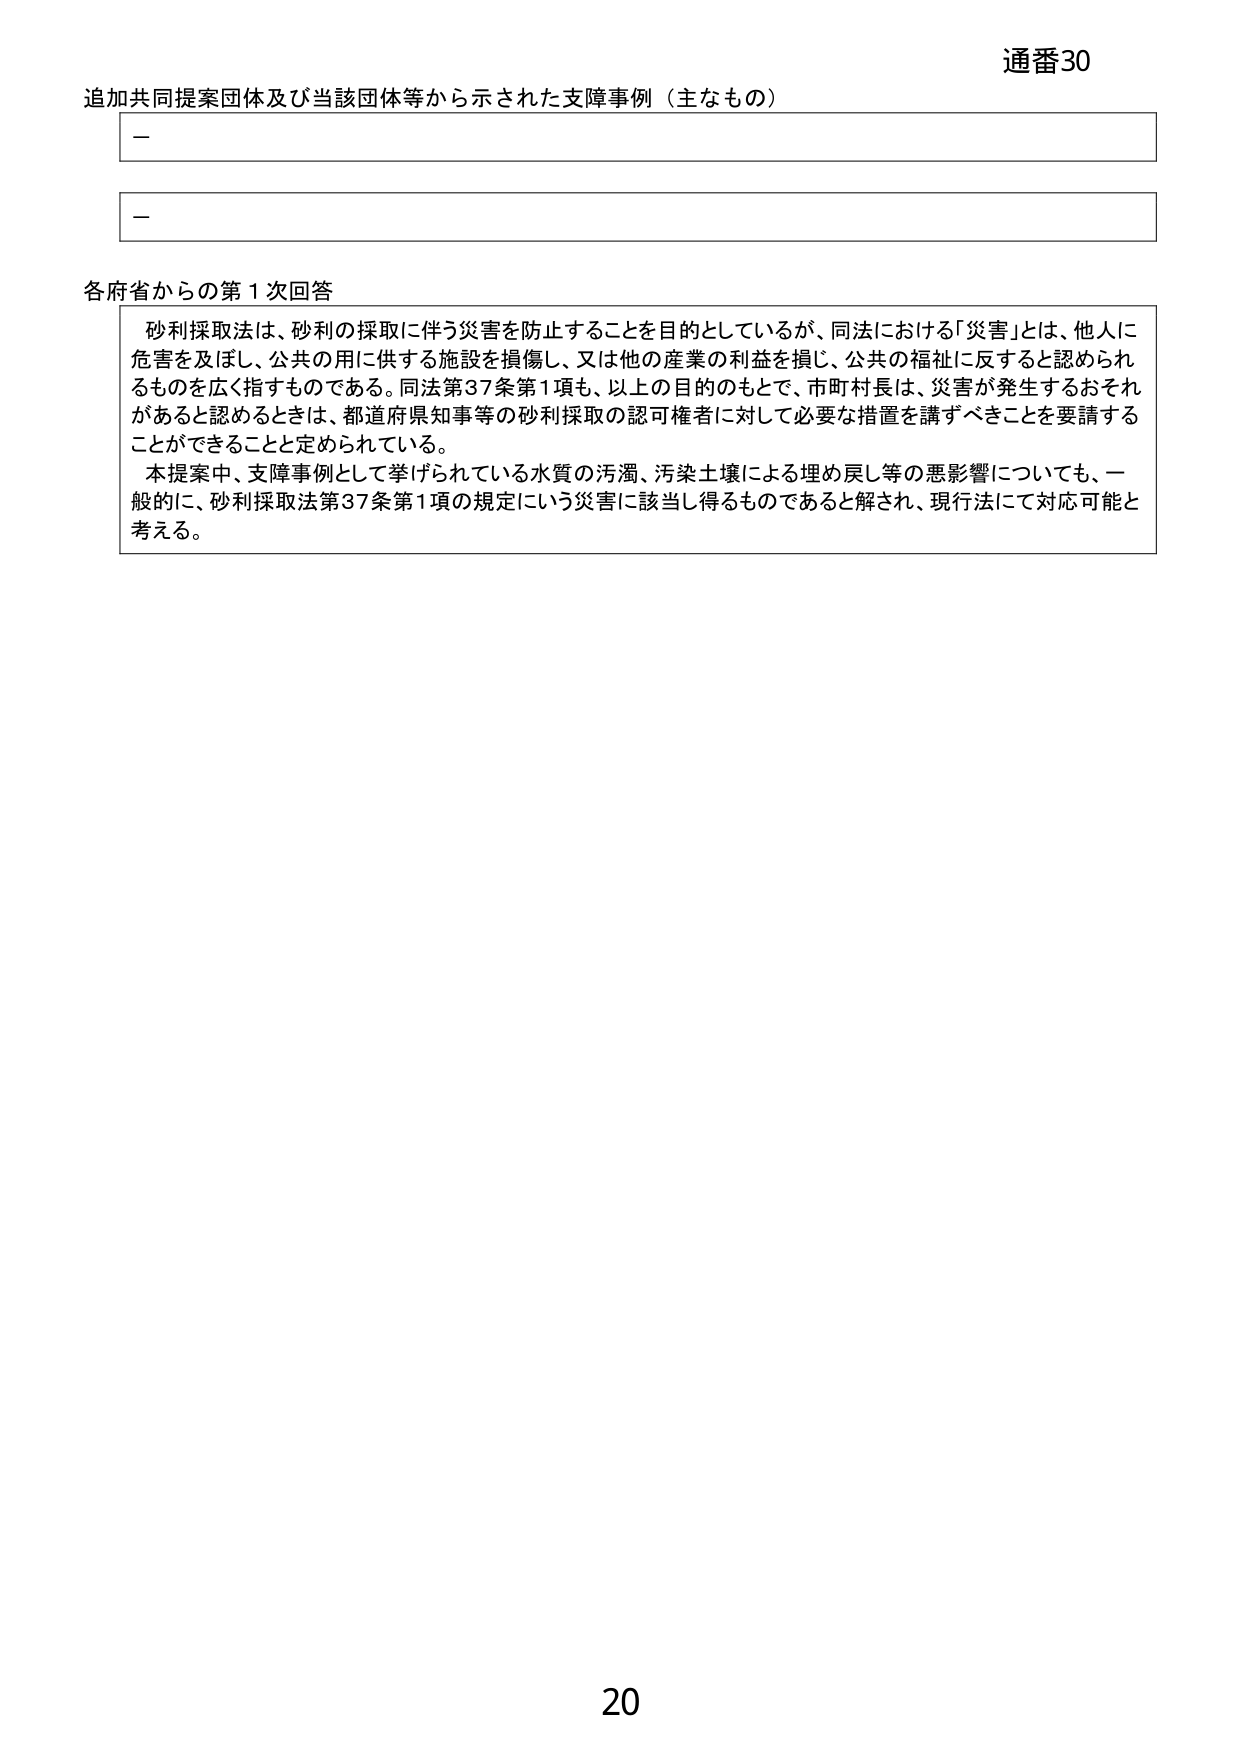
通番30
追加共同提案団体及び当該団体等から示された支障事例（主なもの）
－
－
各府省からの第1次回答
砂利採取法は、砂利の採取に伴う災害を防止することを目的としているが、同法における「災害」とは、他人に危害を及ぼし、公共の用に供する施設を損傷し、又は他の産業の利益を損じ、公共の福祉に反すると認められるものを広く指すものである。同法第37条第1項も、以上の目的のもとで、市町村長は、災害が発生するおそれがあると認めるときは、都道府県知事等の砂利採取の認可権者に対して必要な措置を講ずべきことを要請することができることと定められている。
本提案中、支障事例として挙げられている水質の汚濁、汚染土壌による埋め戻し等の悪影響についても、一般的に、砂利採取法第37条第1項の規定にいう災害に該当し得るものであると解され、現行法にて対応可能と考える。
20